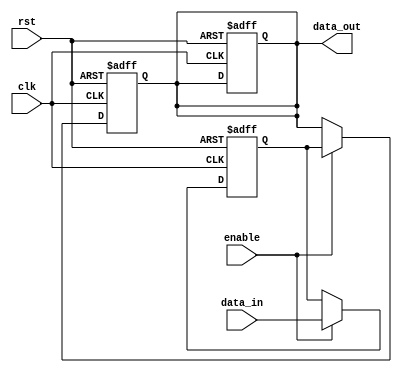
module Simple_Bypass_Register (
    input wire clk,
    input wire rst,
    input wire enable,
    input wire [7:0] data_in,
    output reg [7:0] data_out
);

reg [7:0] register;

always @(posedge clk or posedge rst) begin
    if (rst) begin
        register <= 8'b0;
        data_out <= 8'b0;
    end else begin
        if (enable) begin
            register <= data_in;
        end
    end
end

always @(posedge clk or posedge rst) begin
    if (rst) begin
        data_out <= 8'b0;
    end else begin
        if (enable) begin
            data_out <= register;
        end
    end
end

endmodule